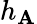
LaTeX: h_{\mathbf{A}}